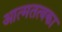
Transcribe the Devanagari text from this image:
आत्मतत्वका